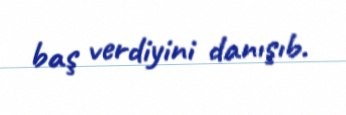
baş verdiyini danışıb.